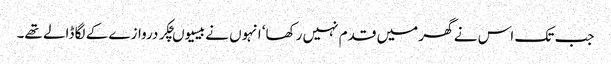
جب تک اس نے گھر میں قدم نہیں رکھا‘ انہوں نے بیسیوںچکر دروازے کے لگا ڈالے تھے۔